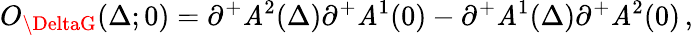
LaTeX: O_{\DeltaG}(\Delta;0)=\partial^{+}\mathit{A}^{2}(\Delta)\partial^{+}\mathit{A}^{1}(0)-\partial^{+}\mathit{A}^{1}(\Delta)\partial^{+}\mathit{A}^{2}(0)\, ,